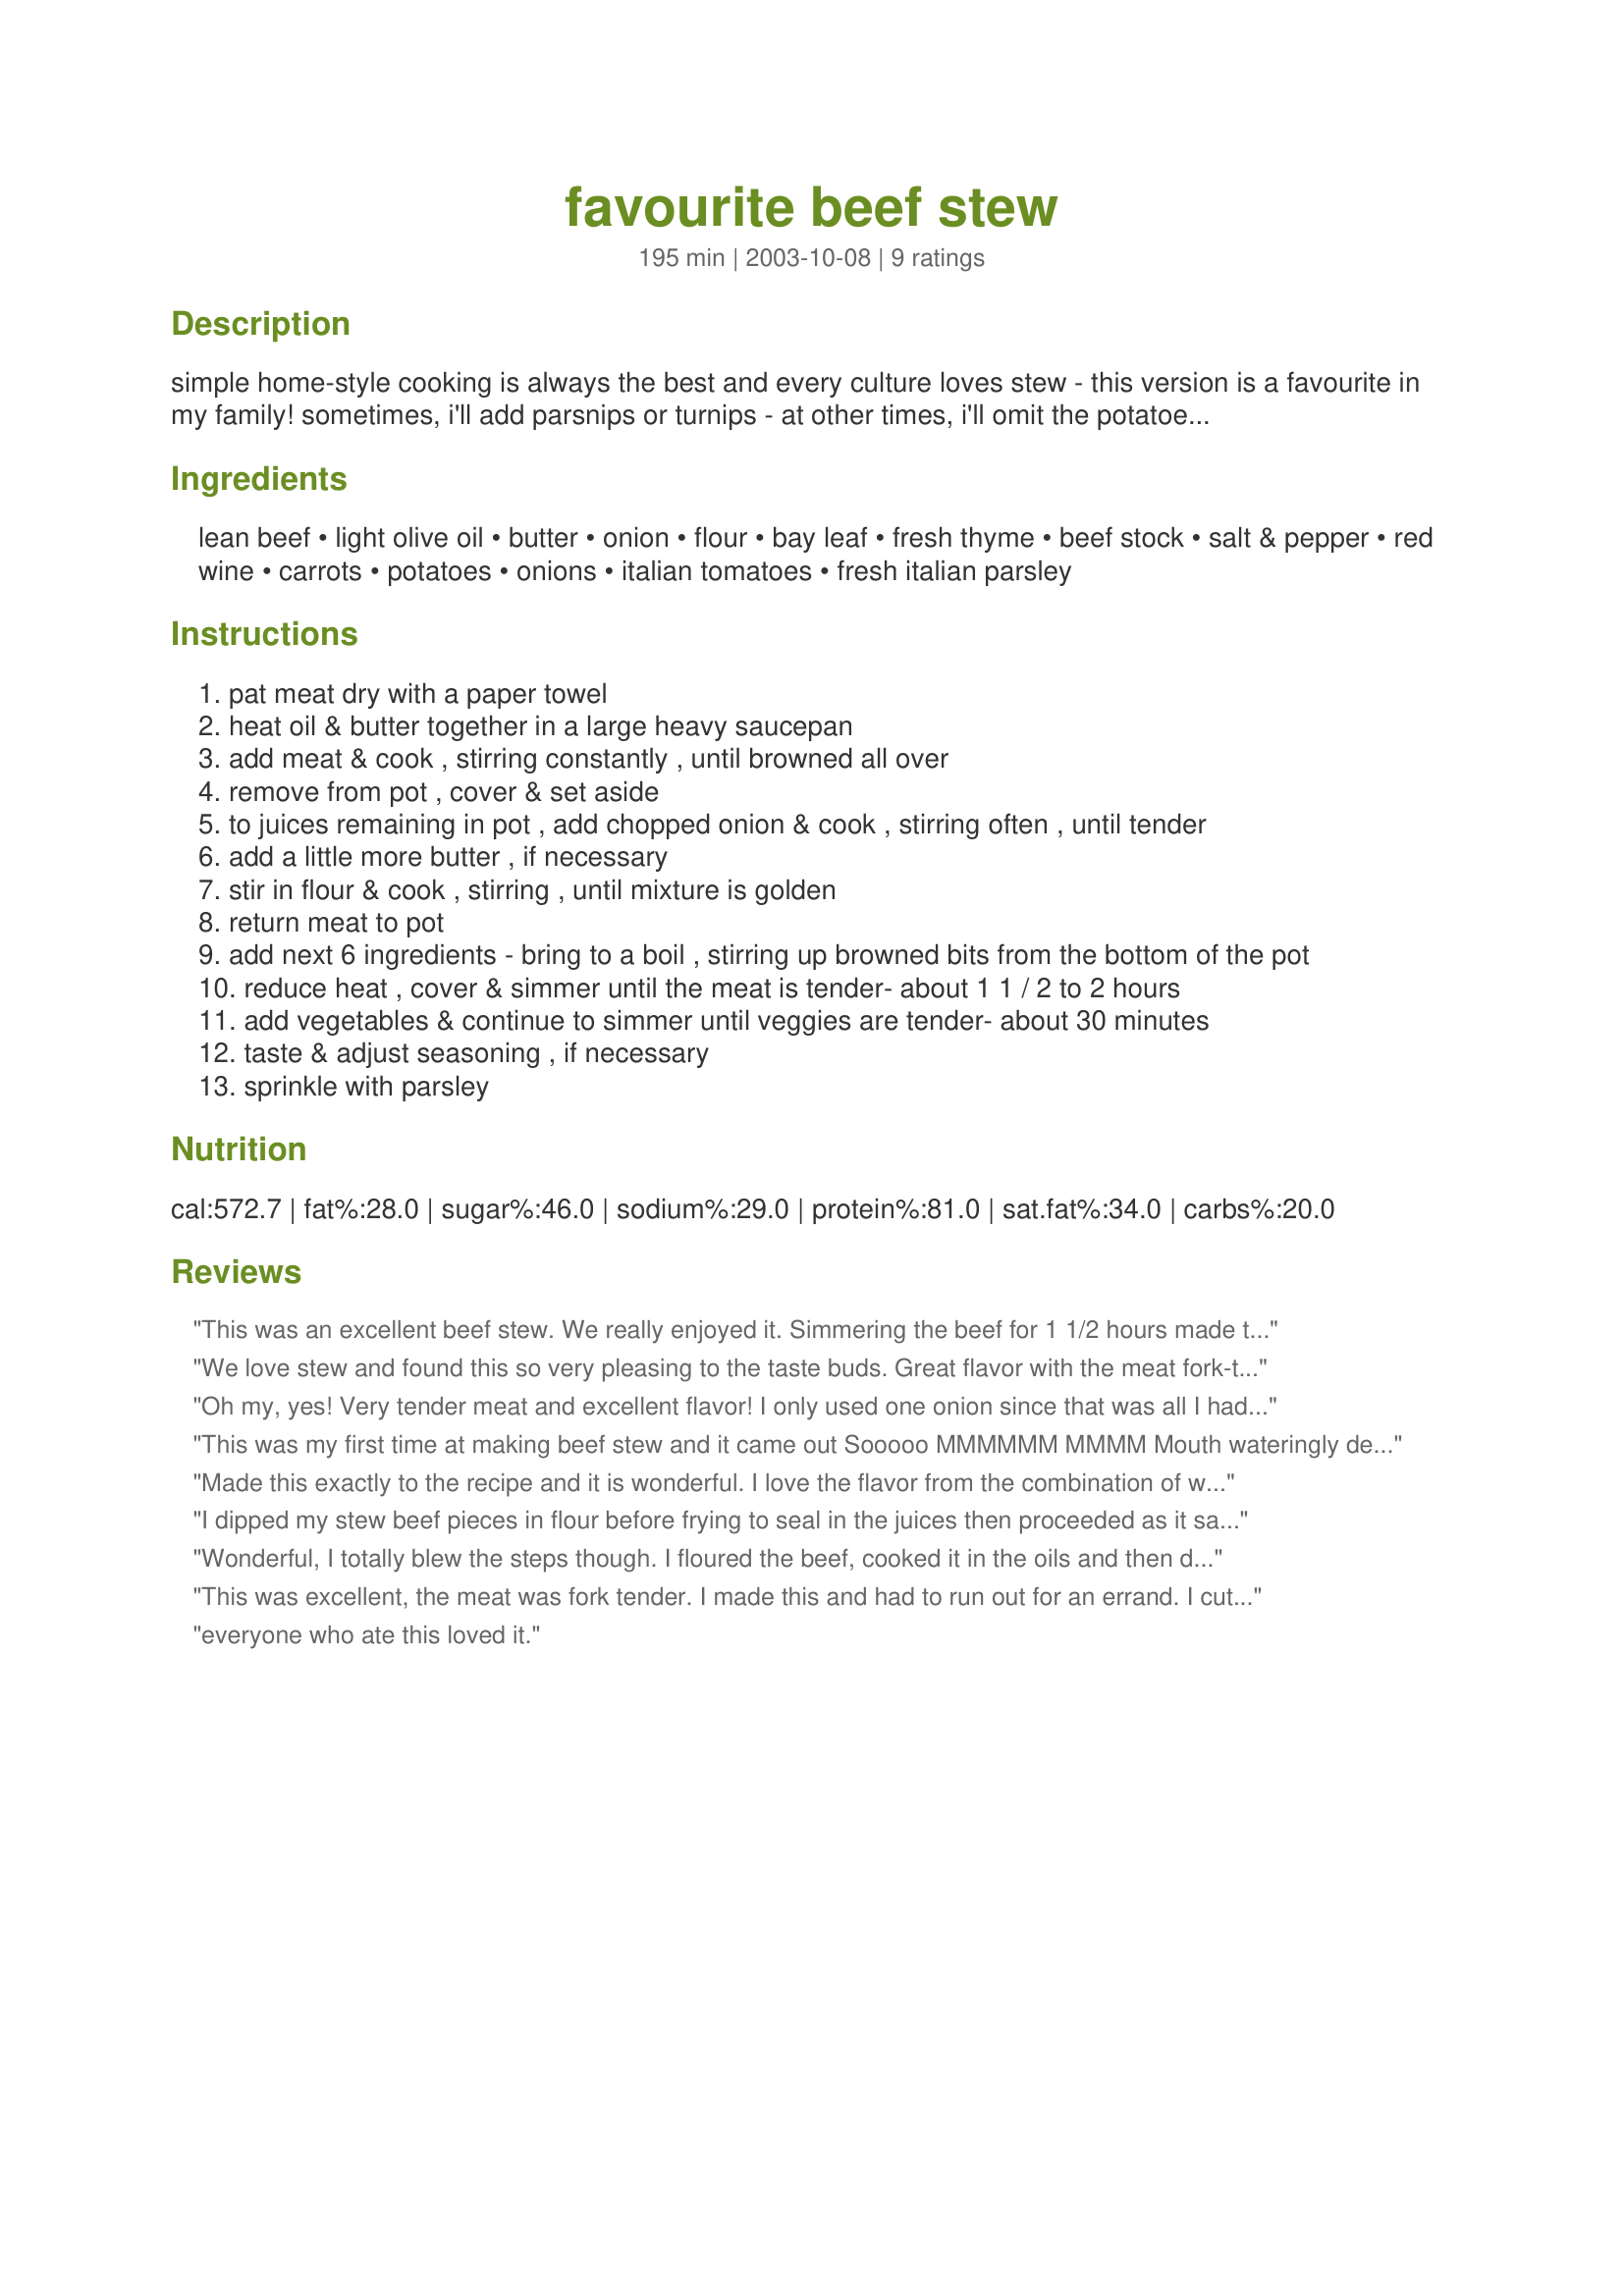
favourite beef stew
Preparation time: 195 minutes

simple home-style cooking is always the best and every culture loves stew - this version is a favourite in my family! sometimes, i'll add parsnips or turnips - at other times, i'll omit the potatoes & serve over broad noodles - and occasionally, i top it with dumplings!!

Ingredients:
lean beef, light olive oil, butter, onion, flour, bay leaf, fresh thyme, beef stock, salt & pepper, red wine, carrots, potatoes, onions, italian tomatoes, fresh italian parsley

Steps:
pat meat dry with a paper towel
heat oil & butter together in a large heavy saucepan
add meat & cook , stirring constantly , until browned all over
remove from pot , cover & set aside
to juices remaining in pot , add chopped onion & cook , stirring often , until tender
add a little more butter , if necessary
stir in flour & cook , stirring , until mixture is golden
return meat to pot
add next 6 ingredients - bring to a boil , stirring up browned bits from the bottom of the pot
reduce heat , cover & simmer until the meat is tender- about 1 1 / 2 to 2 hours
add vegetables & continue to simmer until veggies are tender- about 30 minutes
taste & adjust seasoning , if necessary
sprinkle with parsley

Reviews:
This was an excellent beef stew. We really enjoyed it. 
Simmering the beef for 1 1/2 hours made the meat nice and tender, without making the vegetables mushy.
Unfortunately, I didn't have a can of tomatoes in the house, so I tried this recipe without them, and we thought it was wonderful anyway. I'll try it agian with the tomatoes.
We love stew and found this so very pleasing to the taste buds. Great flavor with the meat fork-tender. Served this stew with cheese biscuits. Will be making this recipe again soon. Thanks for this great recipe.
Oh my, yes! Very tender meat and excellent flavor! I only used one onion since that was all I had on hand. Hearty comfort food that is low calorie and super tasty. The meat I used was flank steak, cheap & on special (my kind of price. I cut off as much fat as I could when I cubed it and I was SO impressed at how tender it was. My picky BF liked it and he won't eat any cut of steak except Ribeye so I told him it was Ribeye and he was completely fooled. 
Muahahahahaha!
This was my first time at making beef stew and it came out Sooooo MMMMMM MMMM Mouth wateringly delicious even though I messed up the steps of the one onion chopped and added in the begining of the recipe in with the beef and the 6-8 onions added later steps,,I put the 6 onions in at the begining step but I think that mistake made the beef all that much more tender because onions are a natural meat tenderizer (ive never ever had stewing beef come out soooo nice & tender like that before) and although I was freaking out thinking I ruined the stew, it didnt seem to hurt the recipe any, I did add the one chopped onion step with and when adding the rest of the veggies inwich I also added fresh green beens as well to the stew.it came out absolutely scrumptious!!
 My Hubby & I couldnt have been more pleased with the results!! This Beef stew was amazingly AWESOME & a MUST TRY recipe!! I know we will be making this again and again!!!
 Thanks so much for a fabulous flavorful recipe!!!
 its surely a definite keeper!!!
 YUMMMMYYYYY Debbie :)
Made this exactly to the recipe and it is wonderful. I love the flavor from the combination of wine, broth and tomatoes and the beef was melt in your mouth tender. Another great recipe from CL. Thanks so much.
I dipped my stew beef pieces in flour before frying to seal in the juices then proceeded as it says in the directions. The result was tender beef full of flavor, and the stew was really delicious! We really loved this recipe and will have it often in the cold months!
Wonderful, I totally blew the steps though. I floured the beef, cooked it in the oils and then didnt take them out when i added the onion! So then I used balsamic vinager since I dont keep wine on hand, and not as much lol only a few Tb added the stock and veggies right away. Oh well it still came out perfect :) Very forgiving recipe!! Thanks!
This was excellent, the meat was fork tender. I made this and had to run out for an errand. I cut it off but I intended on cooking it a little longer. By the time I got back my hubby had his bowl and was diggin into it. We always eat as a family but he oouldnt resist. It left a wonderful aroma in the house while cooking.
everyone who ate this loved it.
